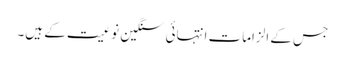
جس کے الزامات انتہائی سنگین نوعیت کے ہیں۔